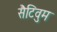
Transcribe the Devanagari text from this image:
सैटिवुम